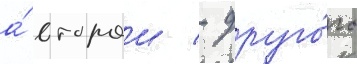
а́ второи - друго́го